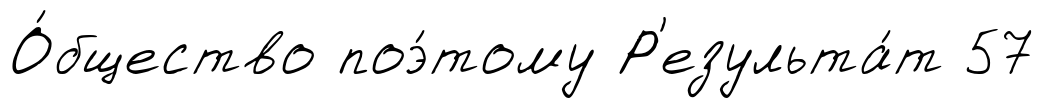
О́бщество поэ́тому Р'езульта́т 57